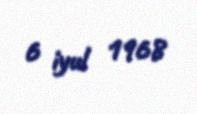
6 iyul 1968